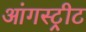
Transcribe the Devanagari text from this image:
आंगस्ट्रीट